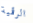
الرقمية